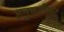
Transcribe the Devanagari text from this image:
हनुमदीश्वर